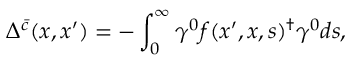
\Delta ^ { \bar { c } } ( x , x ^ { \prime } ) = - \int _ { 0 } ^ { \infty } \gamma ^ { 0 } f ( x ^ { \prime } , x , s ) ^ { \dagger } \gamma ^ { 0 } d s ,